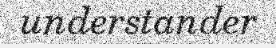
understander